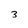
Character: 3